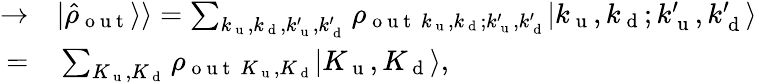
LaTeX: \begin{array}{rl}{\rightarrow}&{{}\vert\hat{\rho}_{\mathrm{~o~u~t~}}\rangle\rangle=\sum_{k_{\mathrm{~u~}},k_{\mathrm{~d~}},k_{\mathrm{~u~}}^{\prime},k_{\mathrm{~d~}}^{\prime}}\rho_{\mathrm{~o~u~t~}~k_{\mathrm{~u~}},k_{\mathrm{~d~}};k_{\mathrm{~u~}}^{\prime},k_{\mathrm{~d~}}^{\prime}}\vert k_{\mathrm{~u~}},k_{\mathrm{~d~}};k_{\mathrm{~u~}}^{\prime},k_{\mathrm{~d~}}^{\prime}\rangle}\\ {=}&{{}\sum_{K_{\mathrm{~u~}},K_{\mathrm{~d~}}}\rho_{\mathrm{~o~u~t~}~K_{\mathrm{~u~}},K_{\mathrm{~d~}}}\vert K_{\mathrm{~u~}},K_{\mathrm{~d~}}\rangle,}\end{array}